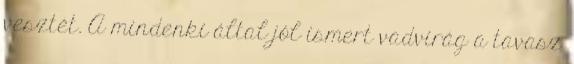
vesztét. A mindenki által jól ismert vadvirág a tavasz